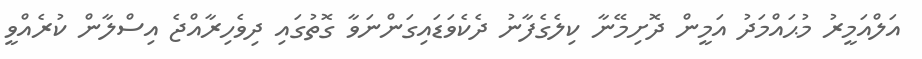
އަލްއަމީރު މުޙައްމަދު އަމީން ދޮށިމޭނާ ކިލެގެފާނު ދެކެވަޑައިގަންނަވާ ގޮތުގައި ދިވެހިރާއްޖެ އިސްލާން ކުރެއްވީ